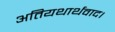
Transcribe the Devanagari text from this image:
अतियथार्थवाद।